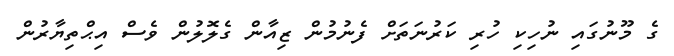
ގެ މޫނުގައި ނުހިކި ހުރި ކަރުނަތަށް ފެނުމުން ޒިއާން ގެލޮލުން ވެސް އިޙްތިޔާރުން